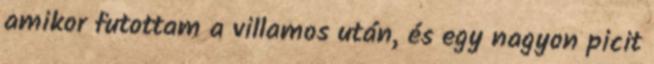
amikor futottam a villamos után, és egy nagyon picit